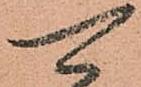
可